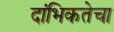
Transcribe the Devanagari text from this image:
दांभिकतेचा